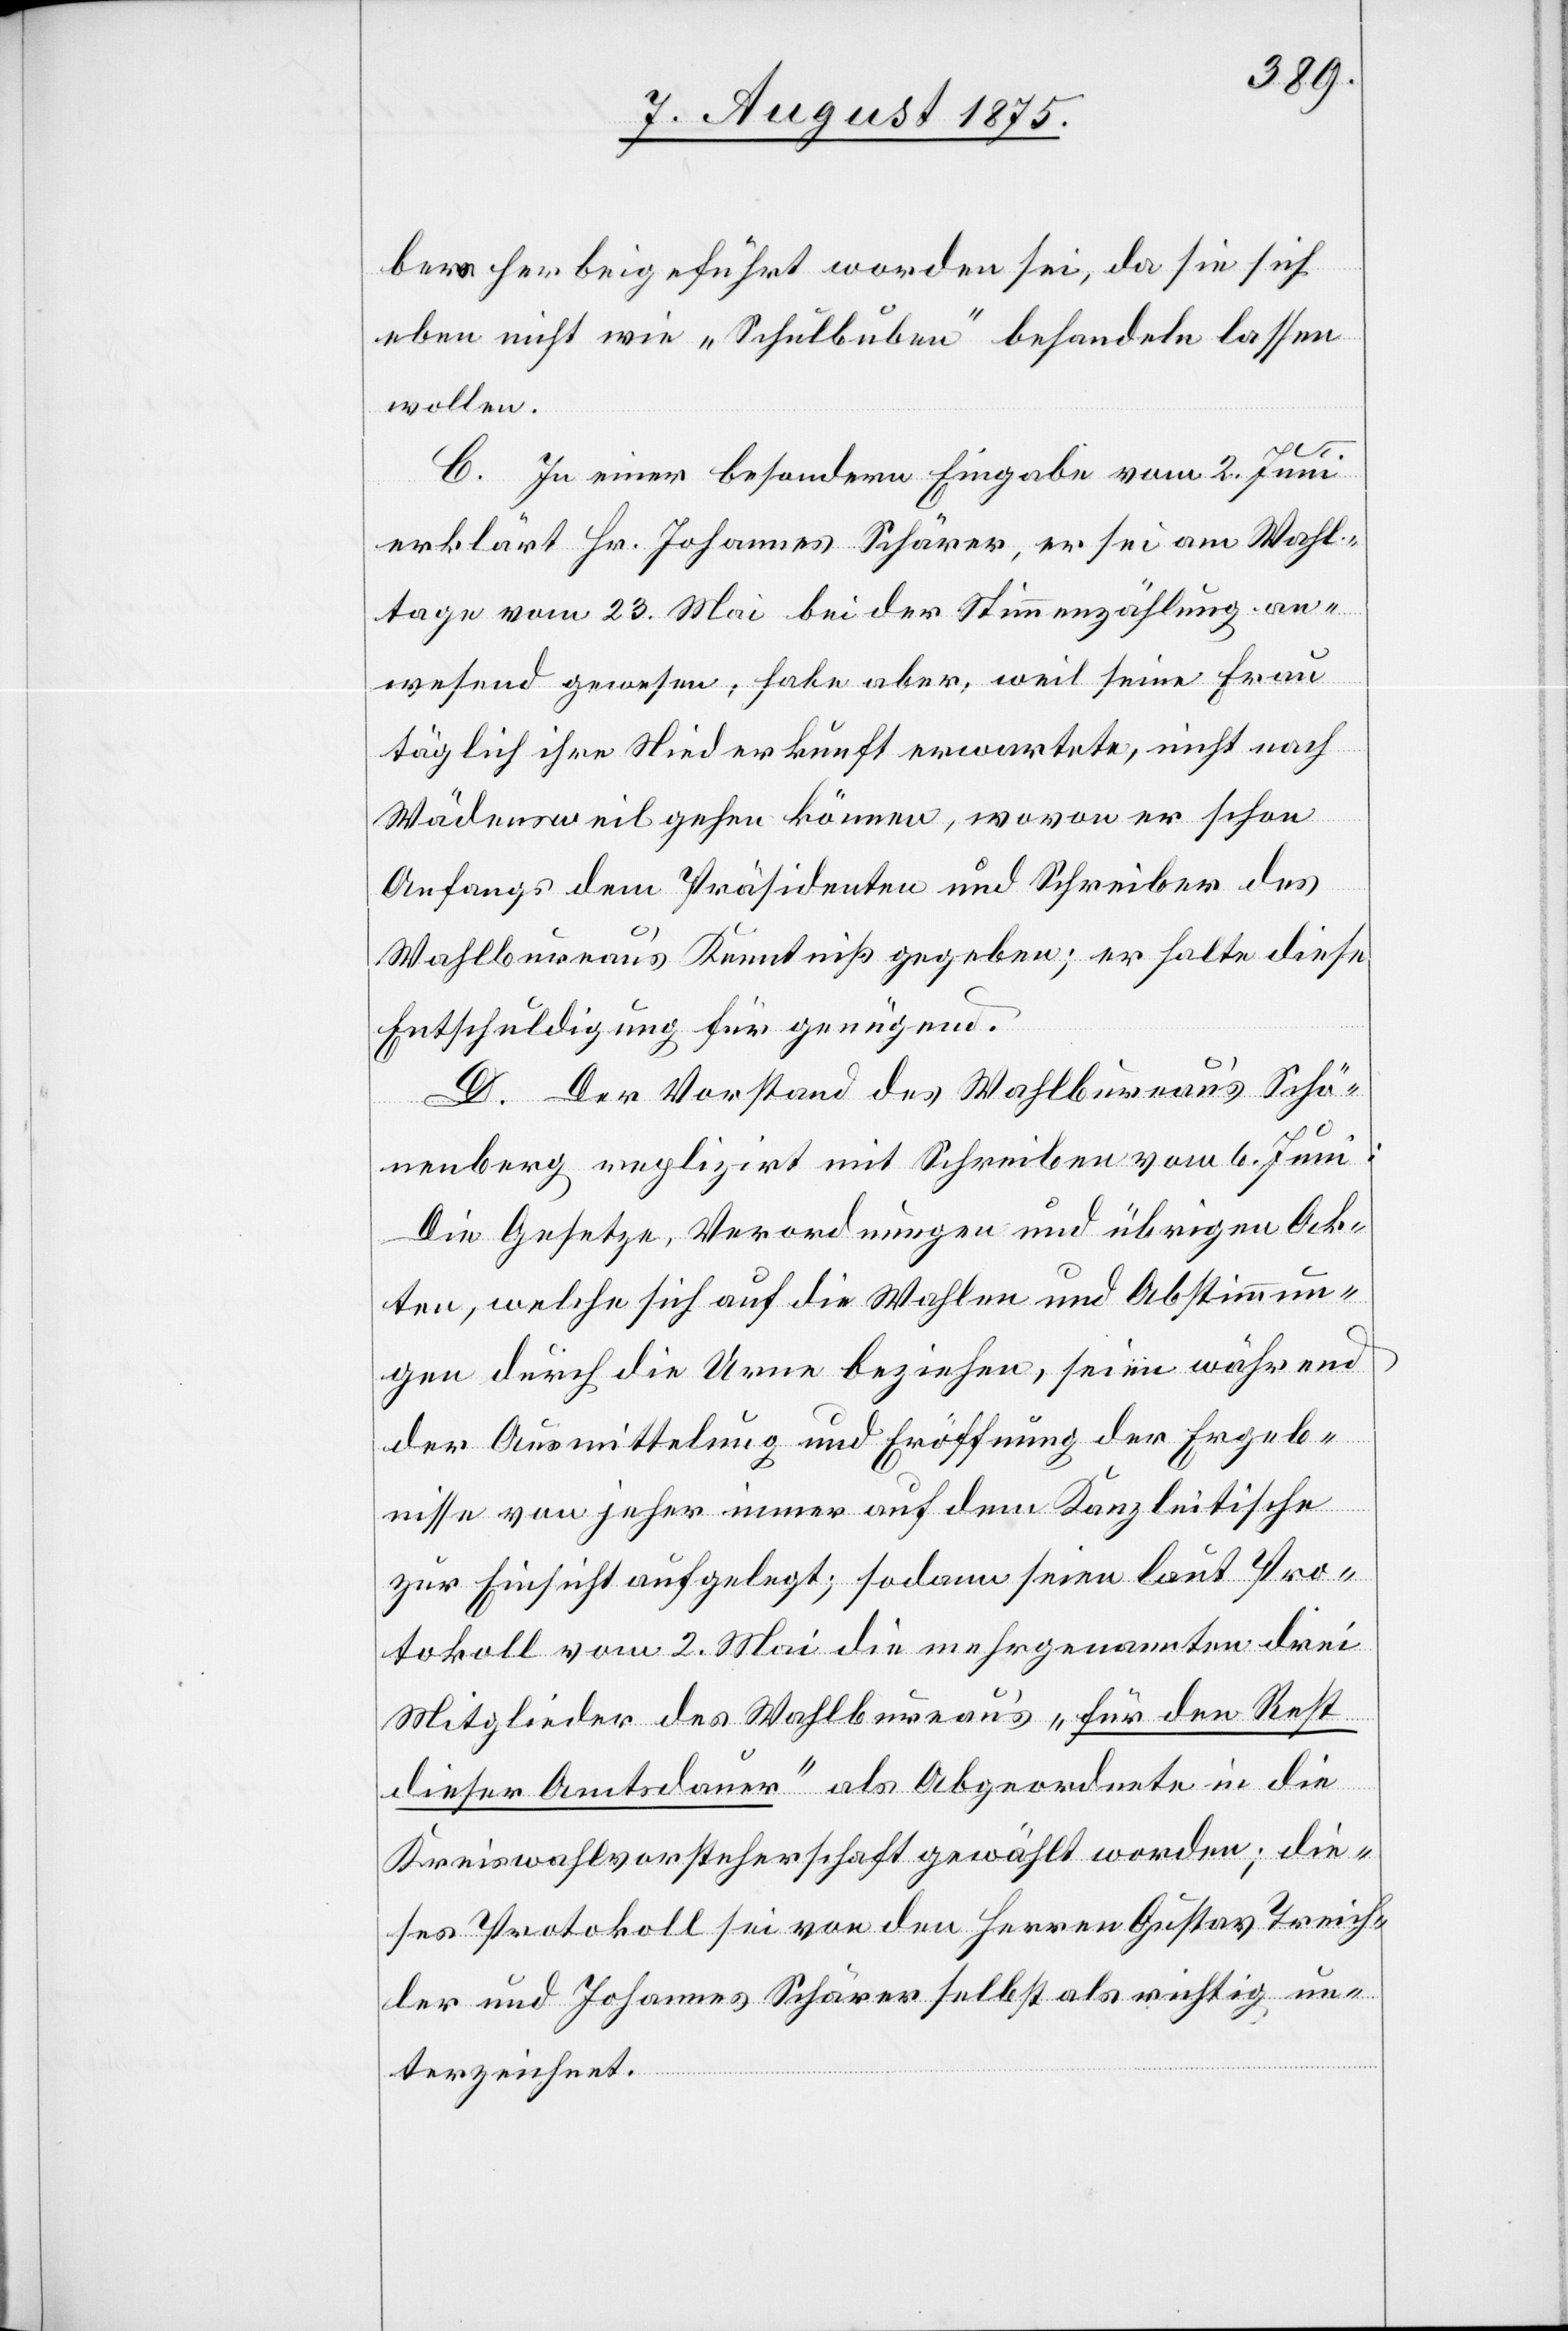
ber herbeigeführt worden sei, da sie sich
eben nicht wie „Schulbuben“ behandeln lassen
wollen.
C. In einer besondern Eingabe vom 2. Juni
erklärt Hr. Johannes Schärer, er sei am Wahl¬
tage vom 23. Mai bei der Stimmenzählung an¬
wesend gewesen, habe aber, weil seine Frau
täglich ihre Niederkunft erwartete, nicht nach
Wädensweil gehen können, wovon er schon
Anfangs dem Präsidenten und Schreiber des
Wahlbureau’s Kenntniß gegeben; es halte diese
Entschuldigung für genügend.
D. Der Vorstand des Wahlbureau’s Schö¬
nenberg replizirt mit Schreiben vom 6. Juni:
Die Gesetze, Verordnungen und übrigen Ak¬
ten, welche sich auf die Wahlen und Abstimmun¬
gen durch die Urne beziehen, seien während
der Ausmittelung und Eröffnung der Ergeb¬
nisse von jeher immer auf dem Kanzleitische
zu Einsicht aufgelegt; sodann seien laut Pro¬
tokoll vom 2. Mai die mehrgenannten drei
Mitglieder des Wahlbureau’s „für den Rest
dieser Amtsdauer“ als Abgeordnete in die
Kreiswahlvorsteherschaft gewählt worden; die¬
ses Protokoll sei von den Herren Gustav Treich¬
ler und Johannes Schärer selbst als richtig un¬
terzeichnet.